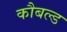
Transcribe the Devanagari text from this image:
कौबल्ड